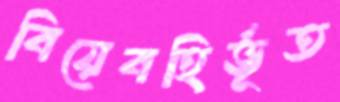
বিয়েবহির্ভূত